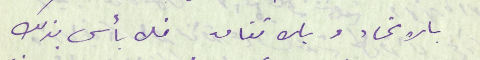
بالاتحاد وبالاتفاق فلا بأس بذلك